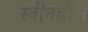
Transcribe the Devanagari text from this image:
स्वीनडौल